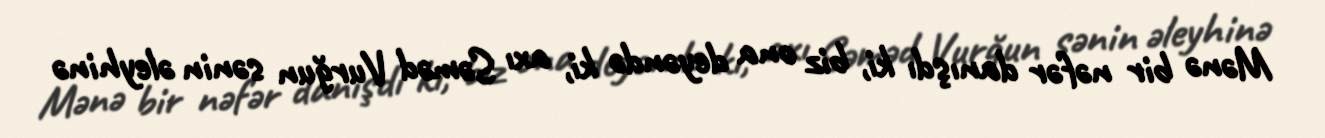
Mənə bir nəfər danışdı ki, biz ona deyəndə ki, axı Səməd Vurğun sənin əleyhinə